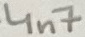
Text: 4n7